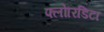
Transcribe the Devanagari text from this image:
फ्लोरिडिटा